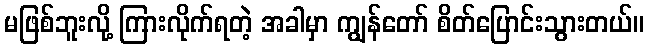
မဖြစ်ဘူးလို့ ကြားလိုက်ရတဲ့ အခါမှာ ကျွန်တော် စိတ်ပြောင်းသွားတယ်။